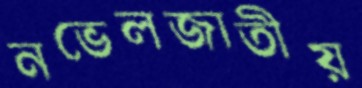
নভেলজাতীয়